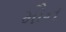
મૌન